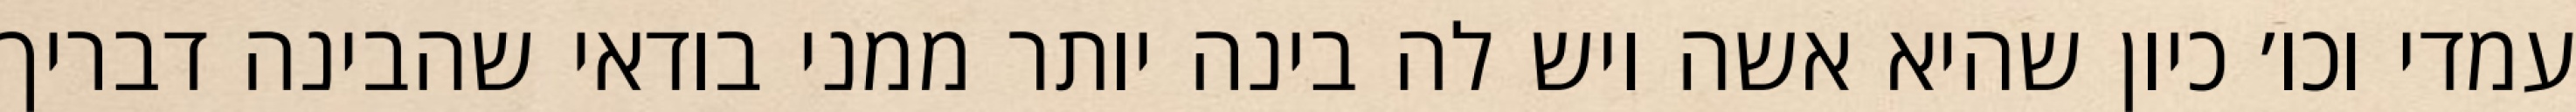
עמדי וכו׳ כיון שהיא אשה ויש לה בינה יותר ממני בודאי שהבינה דבריך